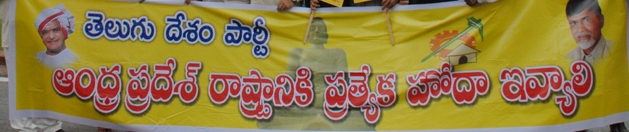
Language: telugu
Transcription: తెలుగు దేశం పార్టీ రాష్ట్రానికి ప్రత్యేక హోదా ఇవ్యాలి